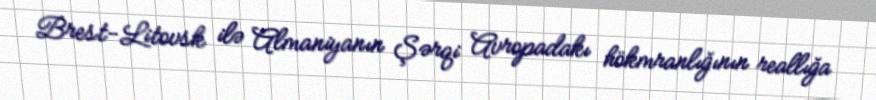
Brest-Litovsk ilə Almaniyanın Şərqi Avropadakı hökmranlığının reallığa